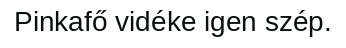
Pinkafő vidéke igen szép.